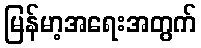
မြန်မာ့အရေးအတွက်